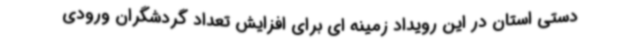
دستی استان در این رویداد زمینه ای برای افزایش تعداد گردشگران ورودی